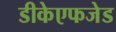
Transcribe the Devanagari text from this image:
डीकेएफजेड